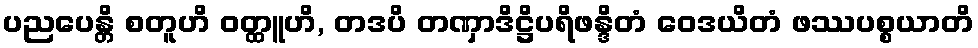
ပညပေန္တိ စတူဟိ ဝတ္ထူဟိ, တဒပိ တဏှာဒိဋ္ဌိပရိဖန္ဒိတံ ဝေဒယိတံ ဖဿပစ္စယာတိ